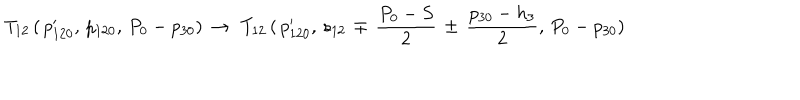
LaTeX: T _ { 1 2 } \, ( \, p _ { 1 2 0 } ^ { \prime } , \, p _ { 1 2 0 } , \, P _ { 0 } - p _ { 3 0 } ) \, \to \, \, T _ { 1 2 } \, ( \, p _ { 1 2 0 } ^ { \prime } , \, s _ { 1 2 } \, \mp \, { \frac { P _ { 0 } - S } { 2 } } \, \pm \, { \frac { p _ { 3 0 } - h _ { 3 } } { 2 } } , \, P _ { 0 } - p _ { 3 0 } ) \,